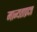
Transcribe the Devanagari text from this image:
मान्यताप्रदत्त